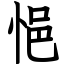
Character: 悒